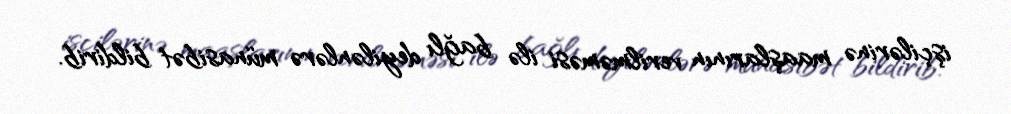
işçilərinə maaşlarının verilməməsi ilə bağlı deyilənlərə münasibət bildirib.